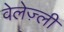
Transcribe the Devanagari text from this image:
वेलेज़्ली